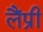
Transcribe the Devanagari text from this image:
लैंप्री